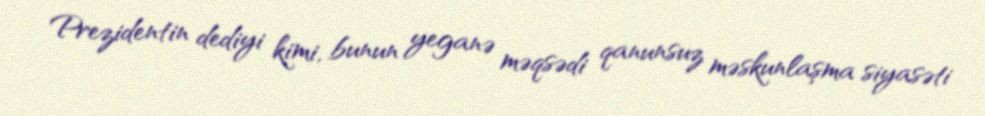
Prezidentin dediyi kimi, bunun yeganə məqsədi qanunsuz məskunlaşma siyasəti